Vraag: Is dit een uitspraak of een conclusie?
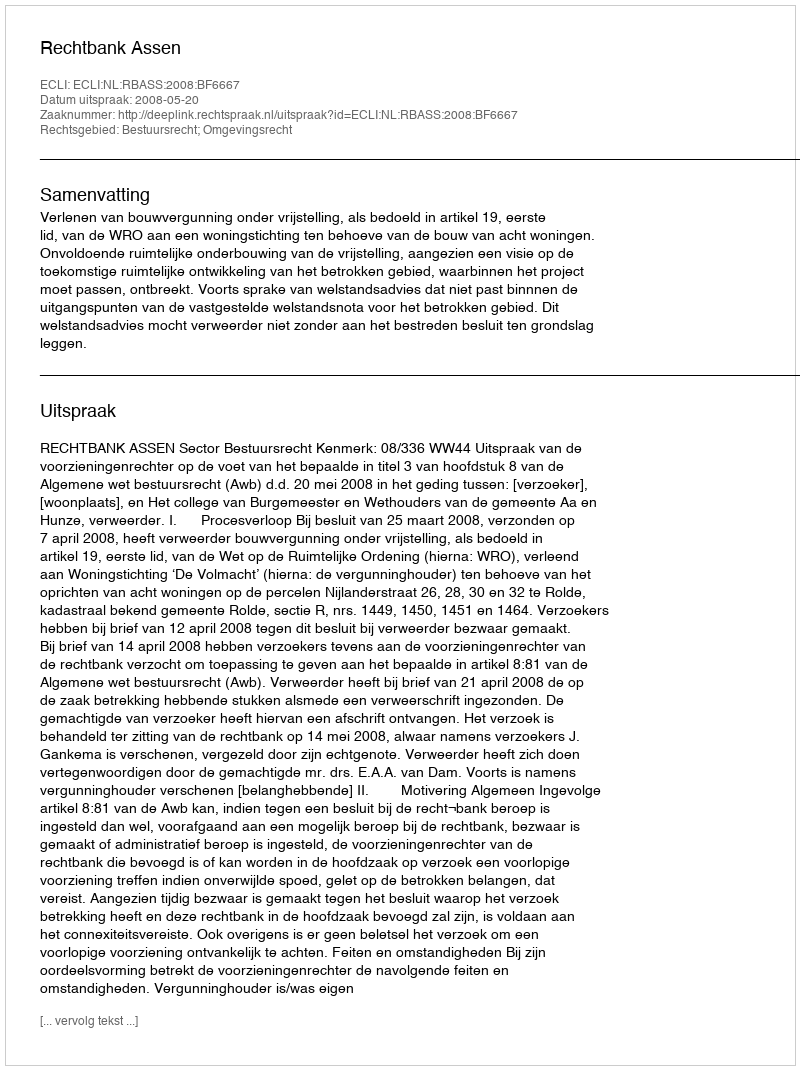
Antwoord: Uitspraak